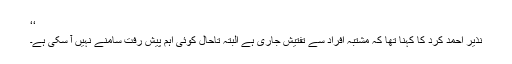
‘‘
نذیر احمد کرد کا کہنا تھا کہ مشتبہ افراد سے تفتیش جاری ہے البتہ تاحال کوئی اہم پیش رفت سامنے نہیں آ سکی ہے۔